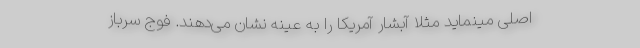
اصلی مینماید مثلا آبشار آمریکا را به عینه نشان می‌دهند. فوج سرباز